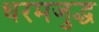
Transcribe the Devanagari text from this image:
धरमजुद्ध